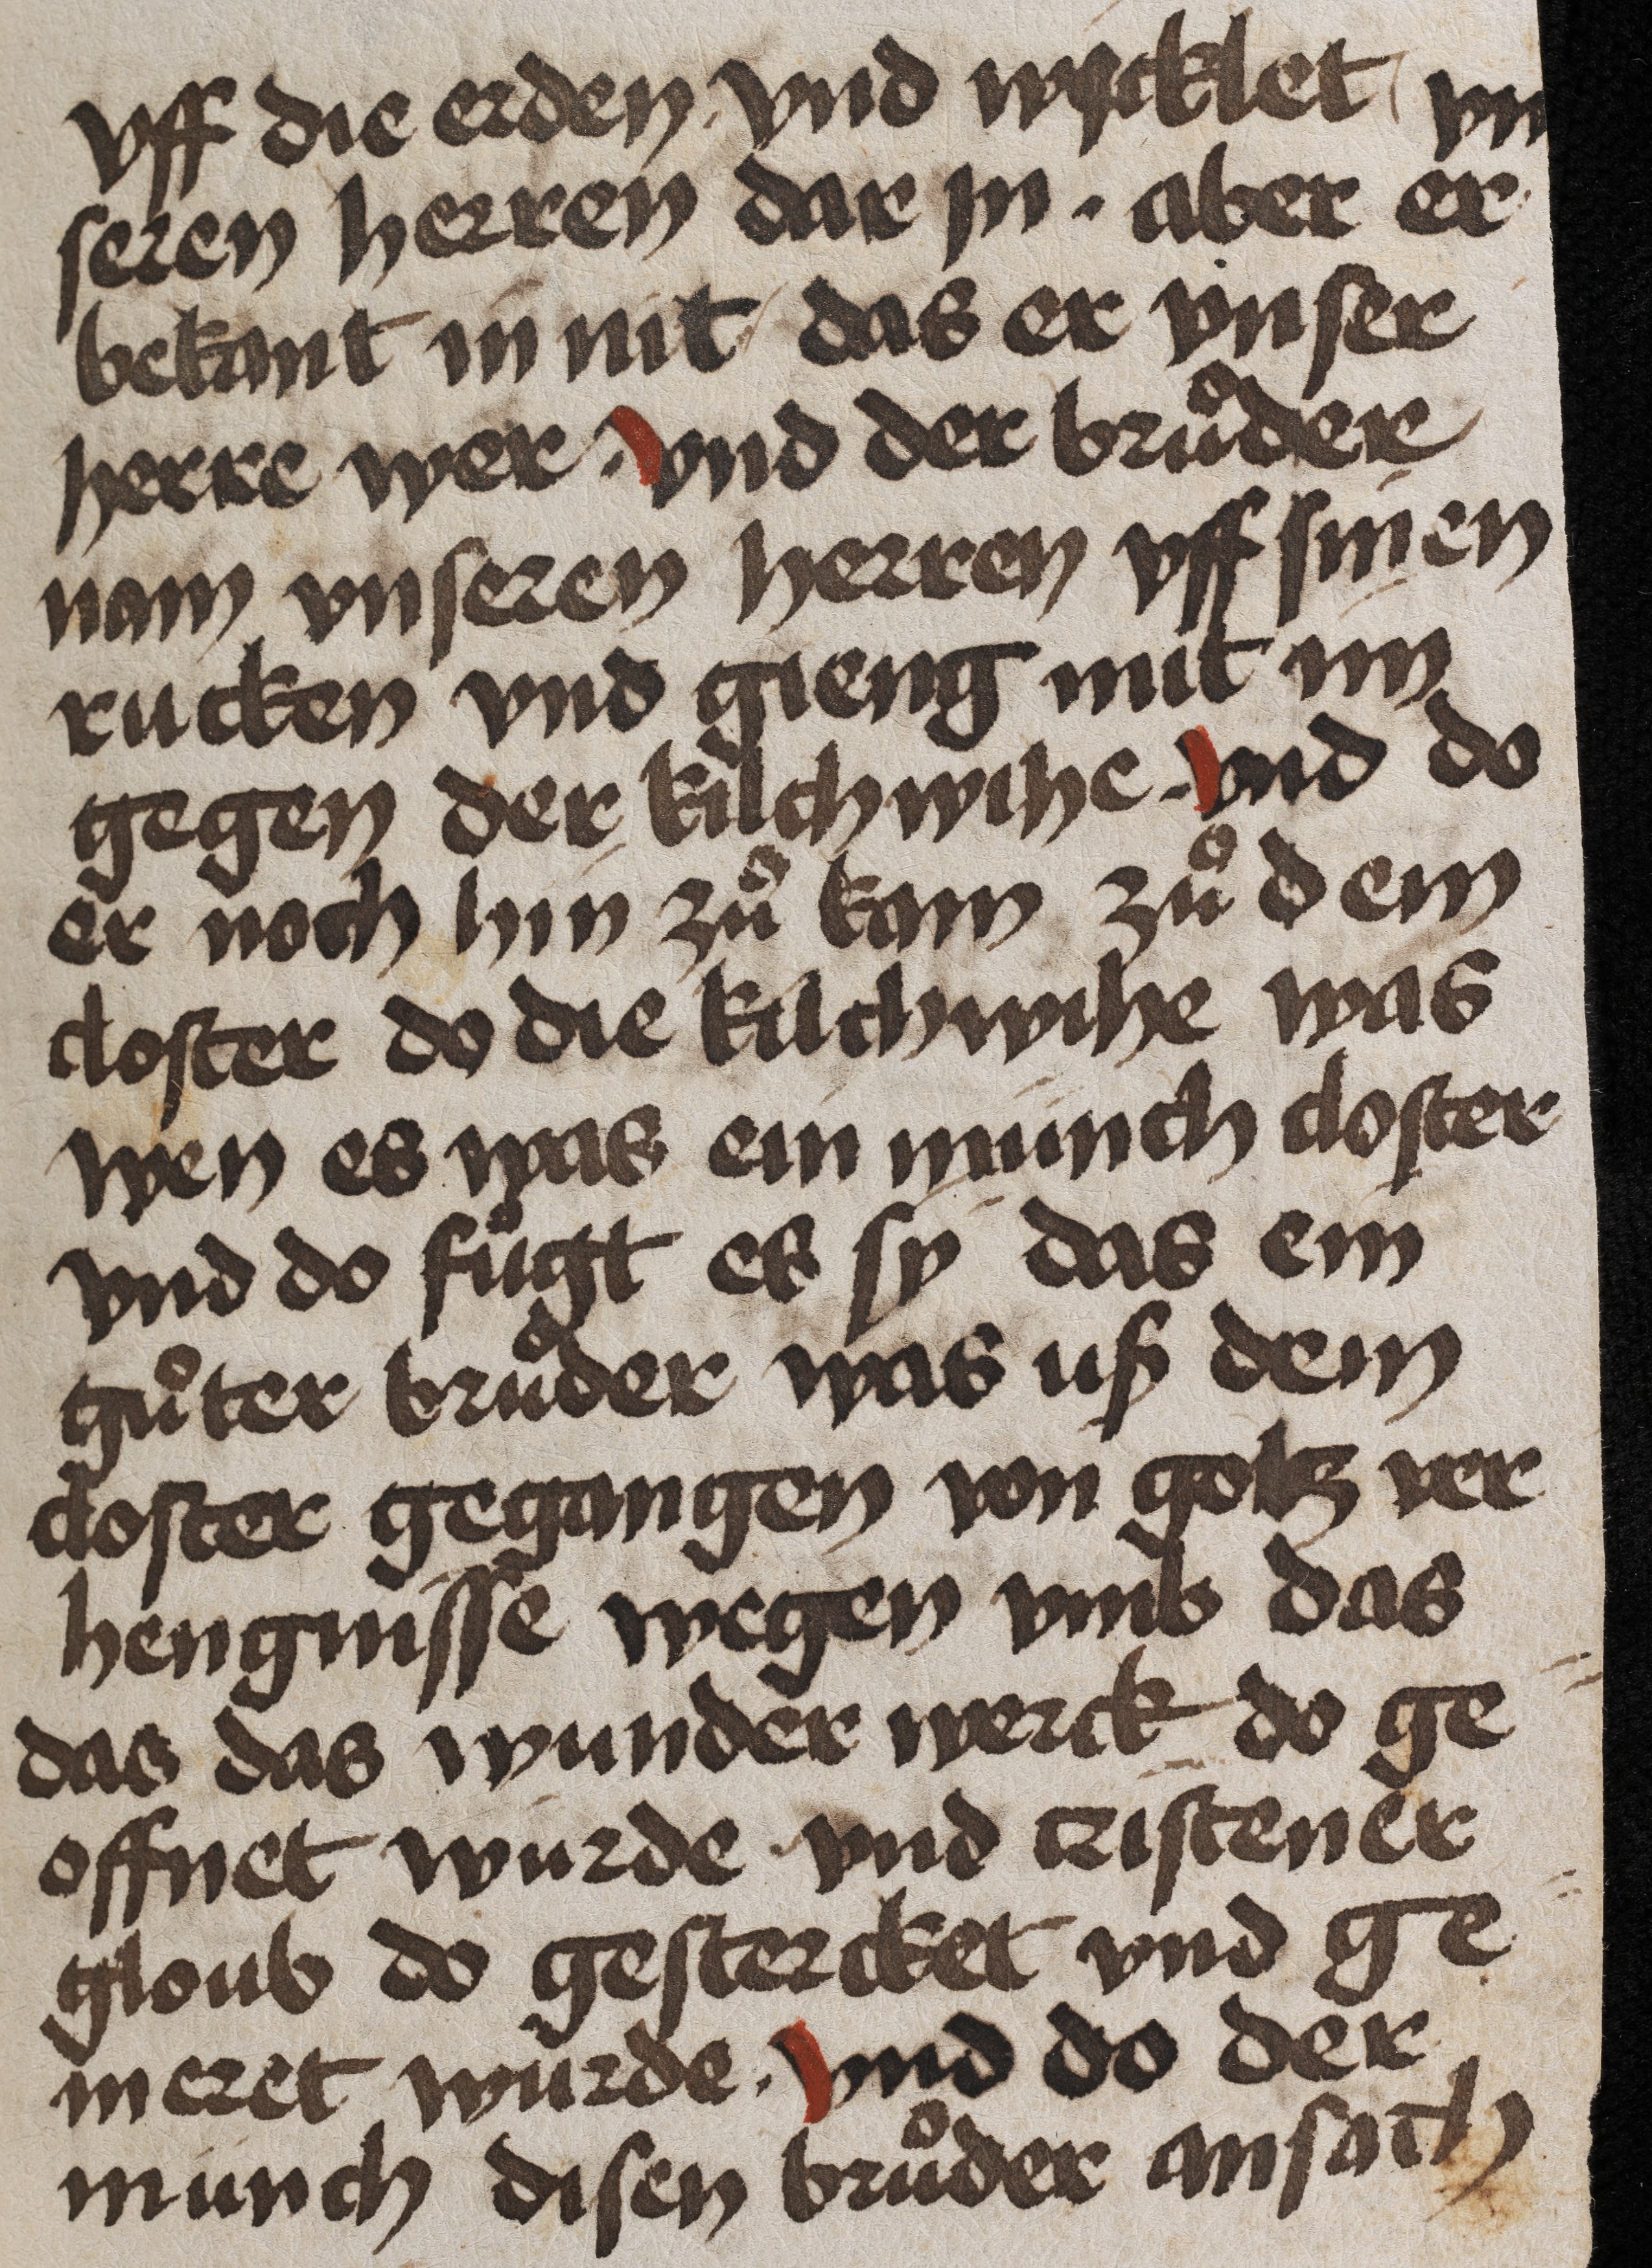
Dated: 1475–1499